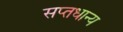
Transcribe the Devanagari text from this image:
सप्तधान्य